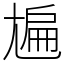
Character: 㞈